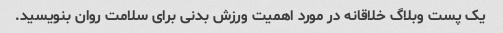
یک پست وبلاگ خلاقانه در مورد اهمیت ورزش بدنی برای سلامت روان بنویسید.